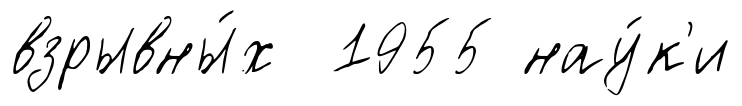
взрывны́х 1955 нау́к'и